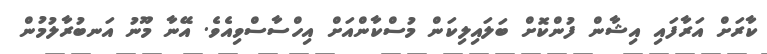
ކާރަށް އަރާފައި އިޝާން ފުންކޮށް ބަލައިލިކަން މުސްކާންއަށް އިހްސާސްވިއެވެ. އޭނާ މޫނު އަނބުރާލުމުން